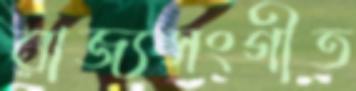
রাজ্যসংগীত